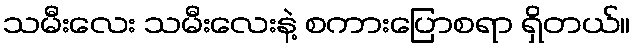
သမီးလေး သမီးလေးနဲ့ စကားပြောစရာ ရှိတယ်။